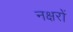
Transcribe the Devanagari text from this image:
नक्षरों